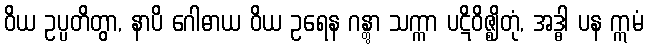
ဝိယ ဥပ္ပတိတွာ, နာပိ ဂေါဓာယ ဝိယ ဥရေန ဂန္တွာ သက္ကာ ပဋိဝိဇ္ဈိတုံ, အဒ္ဓါ ပန ဣမံ